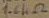
Text: 1.6KΩ